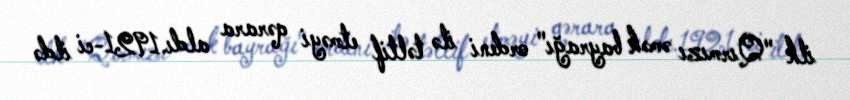
ilk "Qırmızı əmək bayrağı" ordeni ilə təltif etməyi qərara aldı.1921-ci ildə